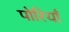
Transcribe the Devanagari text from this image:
पोरियाँ